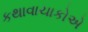
કથાવાચાકોએ